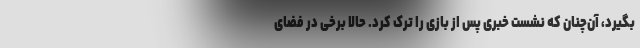
بگیرد، آن‌چنان که نشست خبری پس از بازی را ترک کرد. حالا برخی در فضای